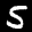
Label: 5